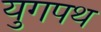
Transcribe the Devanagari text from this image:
युगपथ